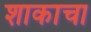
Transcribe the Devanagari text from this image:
शाकाचा